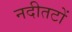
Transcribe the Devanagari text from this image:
नदीतटों